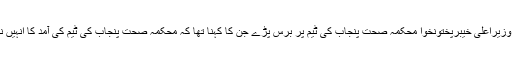
اس موقع پر وزیراعلیٰ خیبرپختونخوا محکمہ صحت پنجاب کی ٹیم پر برس پڑے جن کا کہنا تھا کہ محکمہ صحت پنجاب کی ٹیم کی آمد کا انہیں نہیں بتایا گیا۔